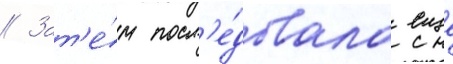
// Зат'е́м посл'е́довала еще